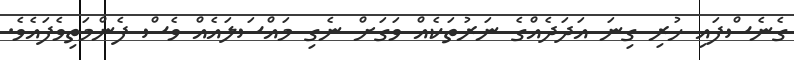
ގެނެސްފައި ހުރި ގިނަ އަދަދެއްގެ ނަރުތަކެއް ވަގަށް ނެގި މައްސަލައެއް ވެސް ފެންމަތިވެފައެވެ.